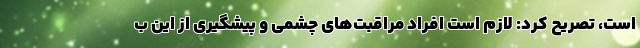
است، تصریح کرد: لازم است افراد مراقبت‌های چشمی و پیشگیری از این ب